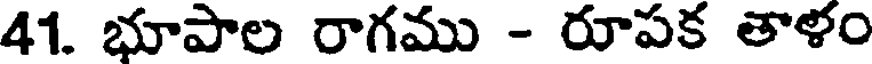
41. భూపాల రాగము - రూపక తాళం